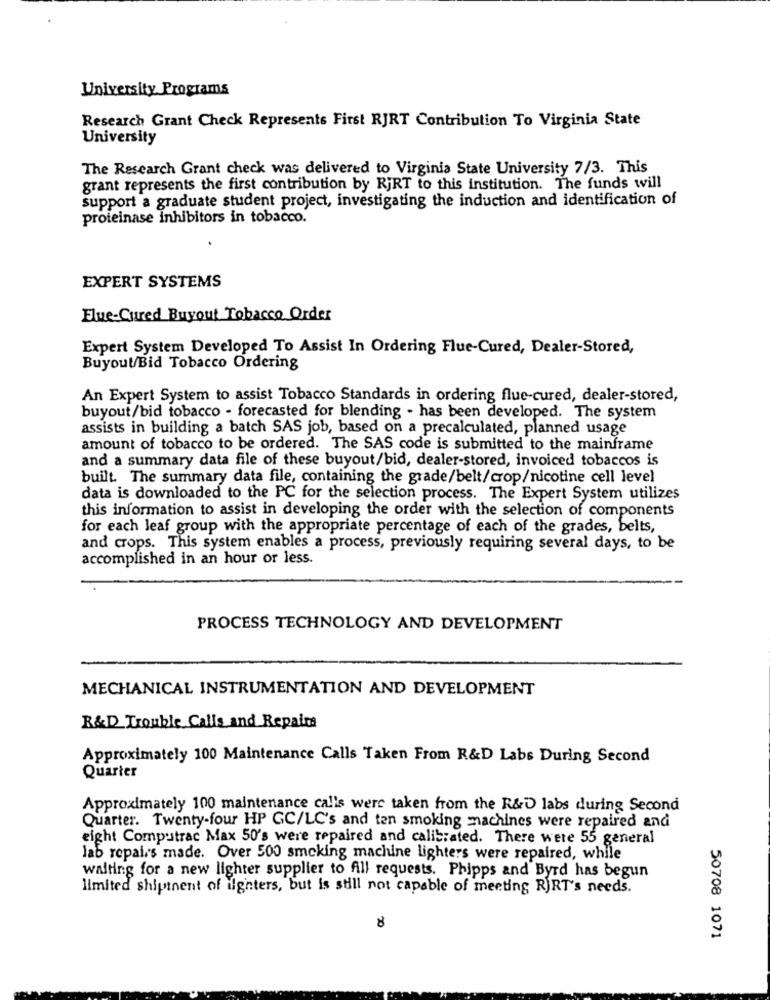
University Programs
Research Grant Check Represents First RJRT Contribution To Virginia State
University
The Research Grant check was delivered to Virginia State University 7/3. This
grant represents the first contribution by RjRT to this institution. The funds will
support a graduate student project, investigating the induction and identification of
proteinase inhibitors in tobacco.
EXPERT SYSTEMS
Flue-Cured Buyout Tobacco Order
Expert System Developed To Assist In Ordering Flue-Cured, Dealer-Stored,
Buyout/Bid Tobacco Ordering
An Expert System to assist Tobacco Standards in ordering flue-cured, dealer-stored,
buyout/bid tobacco - forecasted for blending - has been developed. The system
assists in building a batch SAS job, based on a precalculated, planned usage
amount of tobacco to be ordered. The SAS code is submitted to the mainframe
and a summary data file of these buyout/bid, dealer-stored, invoiced tobaccos is
built. The summary data file, containing the grade/belt/crop/nicotine cell level
data is downloaded to the PC for the selection process. The Expert System utilizes
this information to assist in developing the order with the selection of components
for each leaf group with the appropriate percentage of each of the grades, belts,
and crops. This system enables a process, previously requiring several days, to be
accomplished in an hour or less.
PROCESS TECHNOLOGY AND DEVELOPMENT
MECHANICAL INSTRUMENTATION AND DEVELOPMENT
R&D Trouble Calls and Repaire
Approximately 100 Maintenance Calls Taken From R&D Labs During Second
Quarter
Approximately 100 maintenance calis were taken from the R&D labs during Second
Quarter. Twenty-four HP GC/LC's and ten smoking machines were repaired and
eight Computrac Max 50's were repaired and calibrated. There were 55 general
lab repairs made. Over 500 smoking machine lighters were repaired, while
waiting for a new lighter supplier to fill requests. Phipps and Byrd has begun
limited shipinent of ilginters, but is still not capable of meeting RiRT's needs.
8
50708 1071